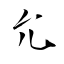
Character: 允